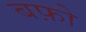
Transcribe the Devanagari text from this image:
बफ़ो